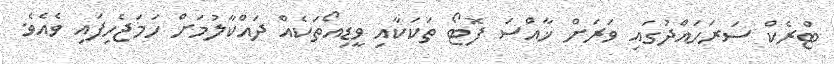
ޓްރެކް ސަރަހައްދުގައި ވަރަށް ޚާއްސަ ފޮޓޯ ތަކަކާއި ވީޑިއޯތަކެއް ދައްކާލުމަށް ހަމަޖެހިފައި ވެއެވެ.